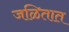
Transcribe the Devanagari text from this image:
जळितात